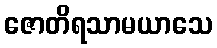
ဇောတိရသာမယာသေ